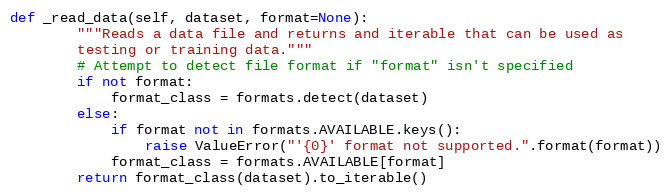
Language: Python
def _read_data(self, dataset, format=None):
        """Reads a data file and returns and iterable that can be used as
        testing or training data."""
        # Attempt to detect file format if "format" isn't specified
        if not format:
            format_class = formats.detect(dataset)
        else:
            if format not in formats.AVAILABLE.keys():
                raise ValueError("'{0}' format not supported.".format(format))
            format_class = formats.AVAILABLE[format]
        return format_class(dataset).to_iterable()